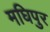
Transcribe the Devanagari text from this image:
मघिपुर